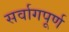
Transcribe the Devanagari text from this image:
सर्वागपूर्ण